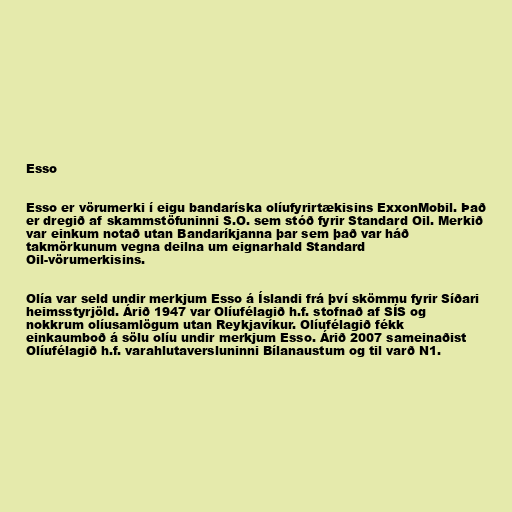
Esso

Esso er vörumerki í eigu bandaríska olíufyrirtækisins ExxonMobil. Það
er dregið af skammstöfuninni S.O. sem stóð fyrir Standard Oil. Merkið
var einkum notað utan Bandaríkjanna þar sem það var háð
takmörkunum vegna deilna um eignarhald Standard
Oil-vörumerkisins.

Olía var seld undir merkjum Esso á Íslandi frá því skömmu fyrir Síðari
heimsstyrjöld. Árið 1947 var Olíufélagið h.f. stofnað af SÍS og
nokkrum olíusamlögum utan Reykjavíkur. Olíufélagið fékk
einkaumboð á sölu olíu undir merkjum Esso. Árið 2007 sameinaðist
Olíufélagið h.f. varahlutaversluninni Bílanaustum og til varð N1.